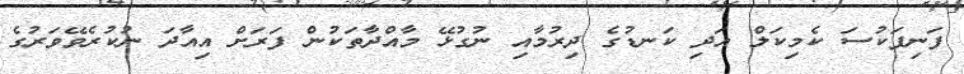
ފަނިފަކުސަ ކެމިކަލް އަދި ކަނޑުގެ ދިރުމާއި ނުގުޅޭ މާއްދާތަކުން ފަރަށް އިއާދަ ނުކުރެވޭވަރުގެ